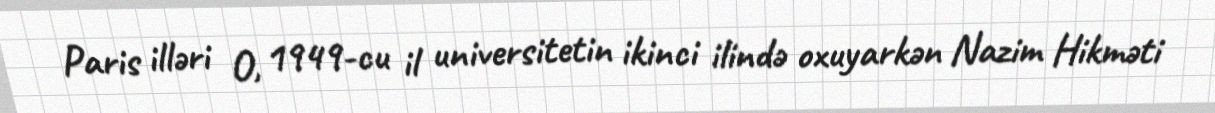
Paris illəri O, 1949-cu il universitetin ikinci ilində oxuyarkən Nazim Hikməti